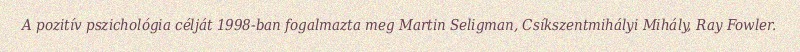
A pozitív pszichológia célját 1998-ban fogalmazta meg Martin Seligman, Csíkszentmihályi Mihály, Ray Fowler.